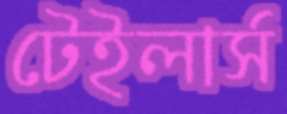
টেইলার্স